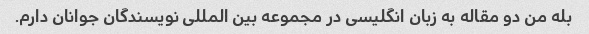
بله من دو مقاله به زبان انگلیسی در مجموعه بین المللی نویسندگان جوانان دارم.